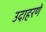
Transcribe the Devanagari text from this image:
उदाहरणें